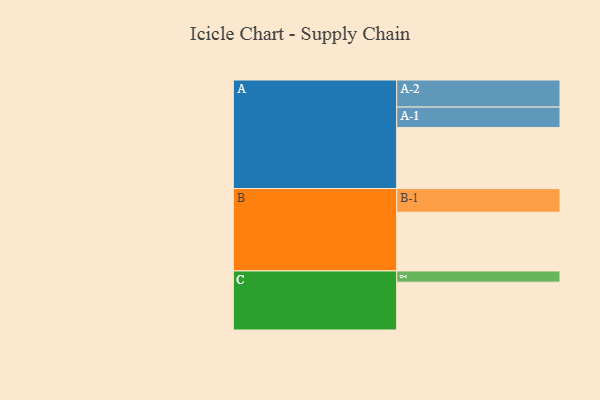
{"axis": {"x": "Segment", "y": "Value"}, "legend": ["", "A", "B", "C"], "data": [{"x": "A", "y": 570, "type": ""}, {"x": "B", "y": 549, "type": ""}, {"x": "C", "y": 447, "type": ""}, {"x": "A-1", "y": 192, "type": "A"}, {"x": "A-2", "y": 253, "type": "A"}, {"x": "B-1", "y": 221, "type": "B"}, {"x": "C-1", "y": 105, "type": "C"}]}